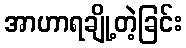
အာဟာရချို့တဲ့ခြင်း